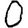
Digit: 0